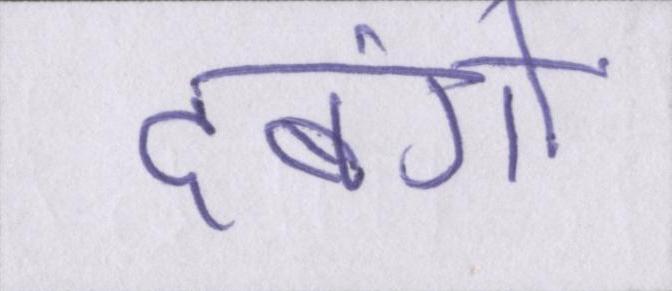
दबंगों